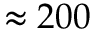
\approx 2 0 0